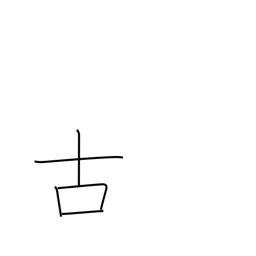
Meaning: old